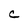
Character: c